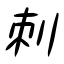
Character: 刺